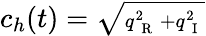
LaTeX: c_{h}(t)=\sqrt{\scriptstyle{q_{\mathrm{~{~R~}~}}^{2}+q_{\mathrm{~{~I~}~}}^{2}}}